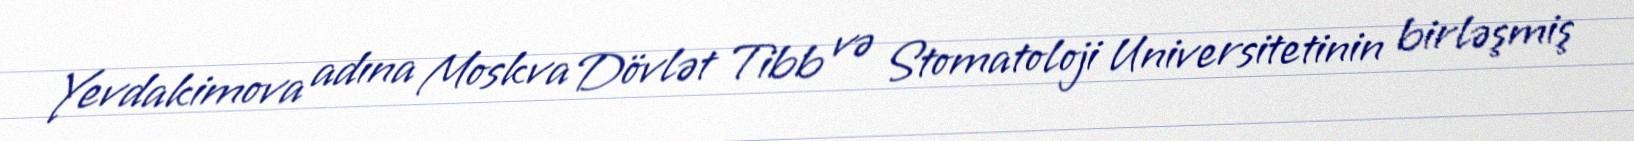
Yevdakimova adına Moskva Dövlət Tibb və Stomatoloji Universitetinin birləşmiş